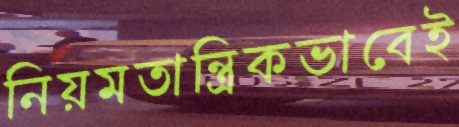
নিয়মতান্ত্রিকভাবেই